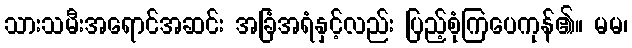
သားသမီးအရောင်အဆင်း အခြံအရံနှင့်လည်း ပြည့်စုံကြပေကုန်၏။ မမ၊